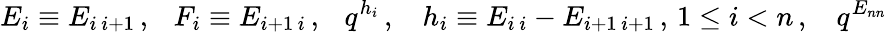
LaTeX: E_{i}\equiv E_{i\, i+1}\, ,~~~F_{i}\equiv E_{i+1\, i}\, ,~~~q^{h_{i}}\, ,~~~\, h_{i}\equiv E_{i\, i}-E_{i+1\, i+1}\, ,\, 1\leq i<n\, ,~~~\, q^{E_{nn}}